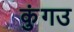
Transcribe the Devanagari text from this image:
कुंगउ